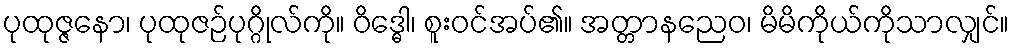
ပုထုဇ္ဇနော၊ ပုထုဇဉ်ပုဂ္ဂိုလ်ကို။ ဝိဒ္ဓေါ၊ စူးဝင်အပ်၏။ အတ္တာနညေဝ၊ မိမိကိုယ်ကိုသာလျှင်။